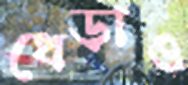
ধেড়াও